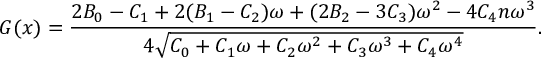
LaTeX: G ( x ) = { \frac { 2 { B _ { 0 } } - { C _ { 1 } } + 2 ( { B _ { 1 } } - { C _ { 2 } } ) { \omega } + ( 2 { B _ { 2 } } - 3 { C _ { 3 } } ) { { \omega } ^ { 2 } } - 4 { C _ { 4 } } n { { \omega } ^ { 3 } } } { 4 { \sqrt { { C _ { 0 } } + { C _ { 1 } } { \omega } + { C _ { 2 } } { { \omega } ^ { 2 } } + { C _ { 3 } } { { \omega } ^ { 3 } } + { C _ { 4 } } { { \omega } ^ { 4 } } } } } } .